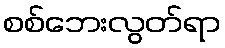
စစ်ဘေးလွတ်ရာ